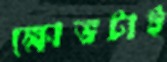
ক্ষোভটাই